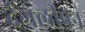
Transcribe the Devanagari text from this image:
दंगलीपन